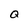
Character: Q